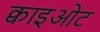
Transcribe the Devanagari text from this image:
क्वाइओट